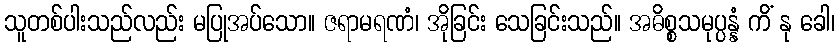
သူတစ်ပါးသည်လည်း မပြုအပ်သော။ ဇရာမရဏံ၊ အိုခြင်း သေခြင်းသည်။ အဓိစ္စသမုပ္ပန္နံ ကိံ နု ခေါ၊